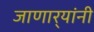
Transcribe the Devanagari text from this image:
जाणार्‍यांनी